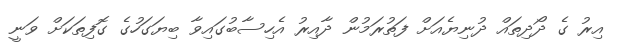
އިރު ގެ ދޯދިތައް ދުނިޔެއަށް ފަތުރަމުން ދާއިރު އެހިސާބުގައިވާ ބިޔަގަހުގެ ގޮފިތަކަށް ވަނީ